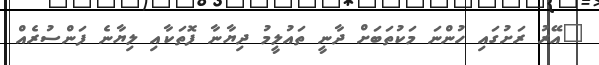
"އޭރު ރަށުގައި ހުންނަ މަކުތަބަށް ދާނީ ތައުލީމު ދިޔާނާ ފޮތަކާއި ލިޔާނެ ފަންސުރެއް